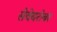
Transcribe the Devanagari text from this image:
सेवेबरोबर